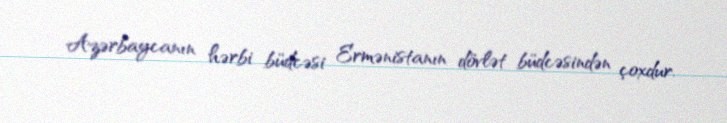
Azərbaycanın hərbi büdcəsi Ermənistanın dövlət büdcəsindən çoxdur.